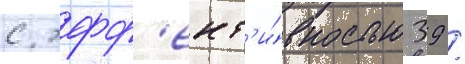
с эфф'ект'и́вностью 39 /